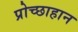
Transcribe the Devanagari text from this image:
प्रोच्छाहान